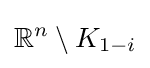
\mathbb {R} ^{n}\setminus K_{1-i}